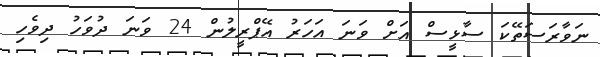
ނަވާރަސަތޭކަ ސާޅީސް އަށް ވަނަ އަހަރު އޭޕްރީލުން 24 ވަނަ ދުވަހު ދިވެހި